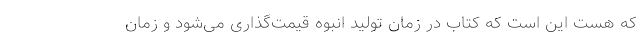
که هست این است که کتاب در زمان تولید انبوه قیمت‌گذاری می‌شود و زمان